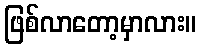
ဖြစ်လာတော့မှာလား။